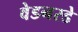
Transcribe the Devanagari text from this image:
वेडनस्डे